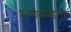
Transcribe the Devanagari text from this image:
मांगवाड्यात